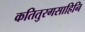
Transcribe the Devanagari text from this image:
कतितुरगसाहिनि